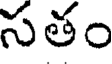
సతం